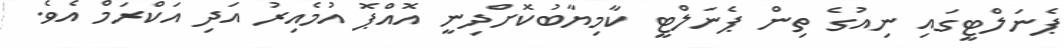
ޕެނަލްޓީގައި ނިއުގެ ތިން ޕެނަލްޓީ ކާމިޔާބުކޮށްދިނީ އޮއްޕޮ އުމެއިރު އަދި އަކްރަމް އެވެ.